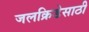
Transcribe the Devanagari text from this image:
जलक्रिडेसाठी